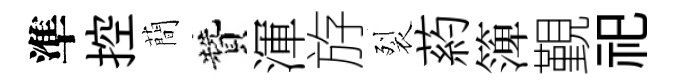
準控蕳贊渾斿裂葯𥱼覲祀